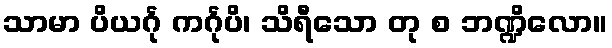
သာမာ ပိယင်္ဂု ကင်္ဂုပိ၊ သိရီသော တု စ ဘဏ္ဍိလော။